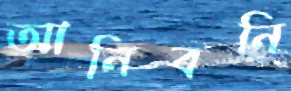
আনিবনি